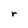
Character: r